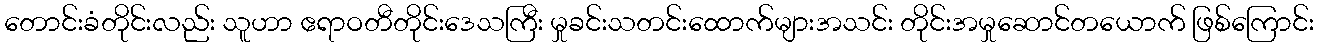
တောင်းခံတိုင်းလည်း သူဟာ ဧရာဝတီတိုင်းဒေသကြီး မှုခင်းသတင်းထောက်များအသင်း တိုင်းအမှုဆောင်တယောက် ဖြစ်ကြောင်း